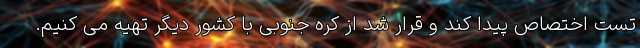
تست اختصاص پیدا کند و قرار شد از کره جنوبی با کشور دیگر تهیه می کنیم.